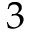
3